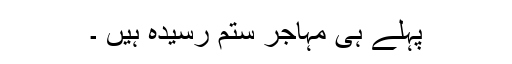
پہلے ہی مہاجر ستم رسیدہ ہیں ۔